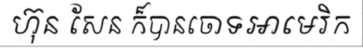
ហ៊ុន សែន ក៏បានចោទអាមេរិក